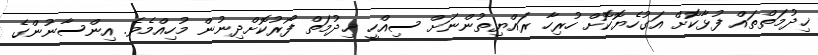
ޚިދުމަތްތައް ފުޅާކޮށް އަގުހެޔޮކޮށް ހުރިހާ ރައްޔިތުންނަށް ސިއްހީ ޚިދުމަތް ފޯރުކޮށްދިނުން މުހިއްމެވެ. އިންސާނުންގެ